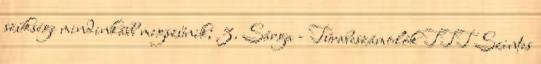
szüksége mindinkább megszűnik; 3. Sárga - Túrabeszámolók TTT Szintes